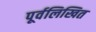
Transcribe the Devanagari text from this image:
पूर्वलिखित